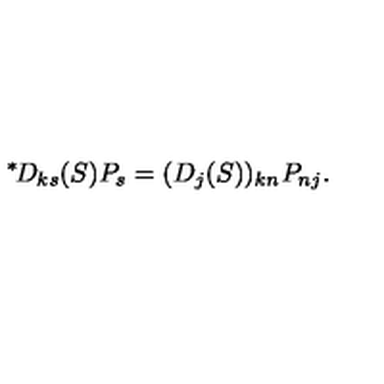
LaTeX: { } ^ { \ast } \! D _ { k s } ( S ) P _ { s } = ( D _ { j } ( S ) ) _ { k n } P _ { n j } .